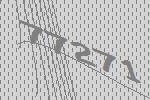
77271